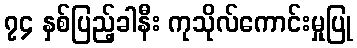
၇၄ နှစ်ပြည့်ခါနီး ကုသိုလ်ကောင်းမှုပြု